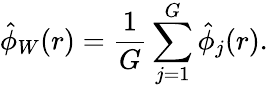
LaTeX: \hat{\phi}_{W}(r)=\frac{1}{G}\sum_{j=1}^{G}\hat{\phi}_{j}(r).